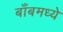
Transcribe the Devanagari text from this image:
बाँबमध्ये